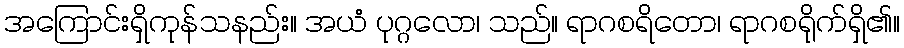
အကြောင်းရှိကုန်သနည်း။ အယံ ပုဂ္ဂလော၊ သည်။ ရာဂစရိတော၊ ရာဂစရိုက်ရှိ၏။